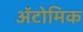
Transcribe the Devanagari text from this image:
ॲटोमिक